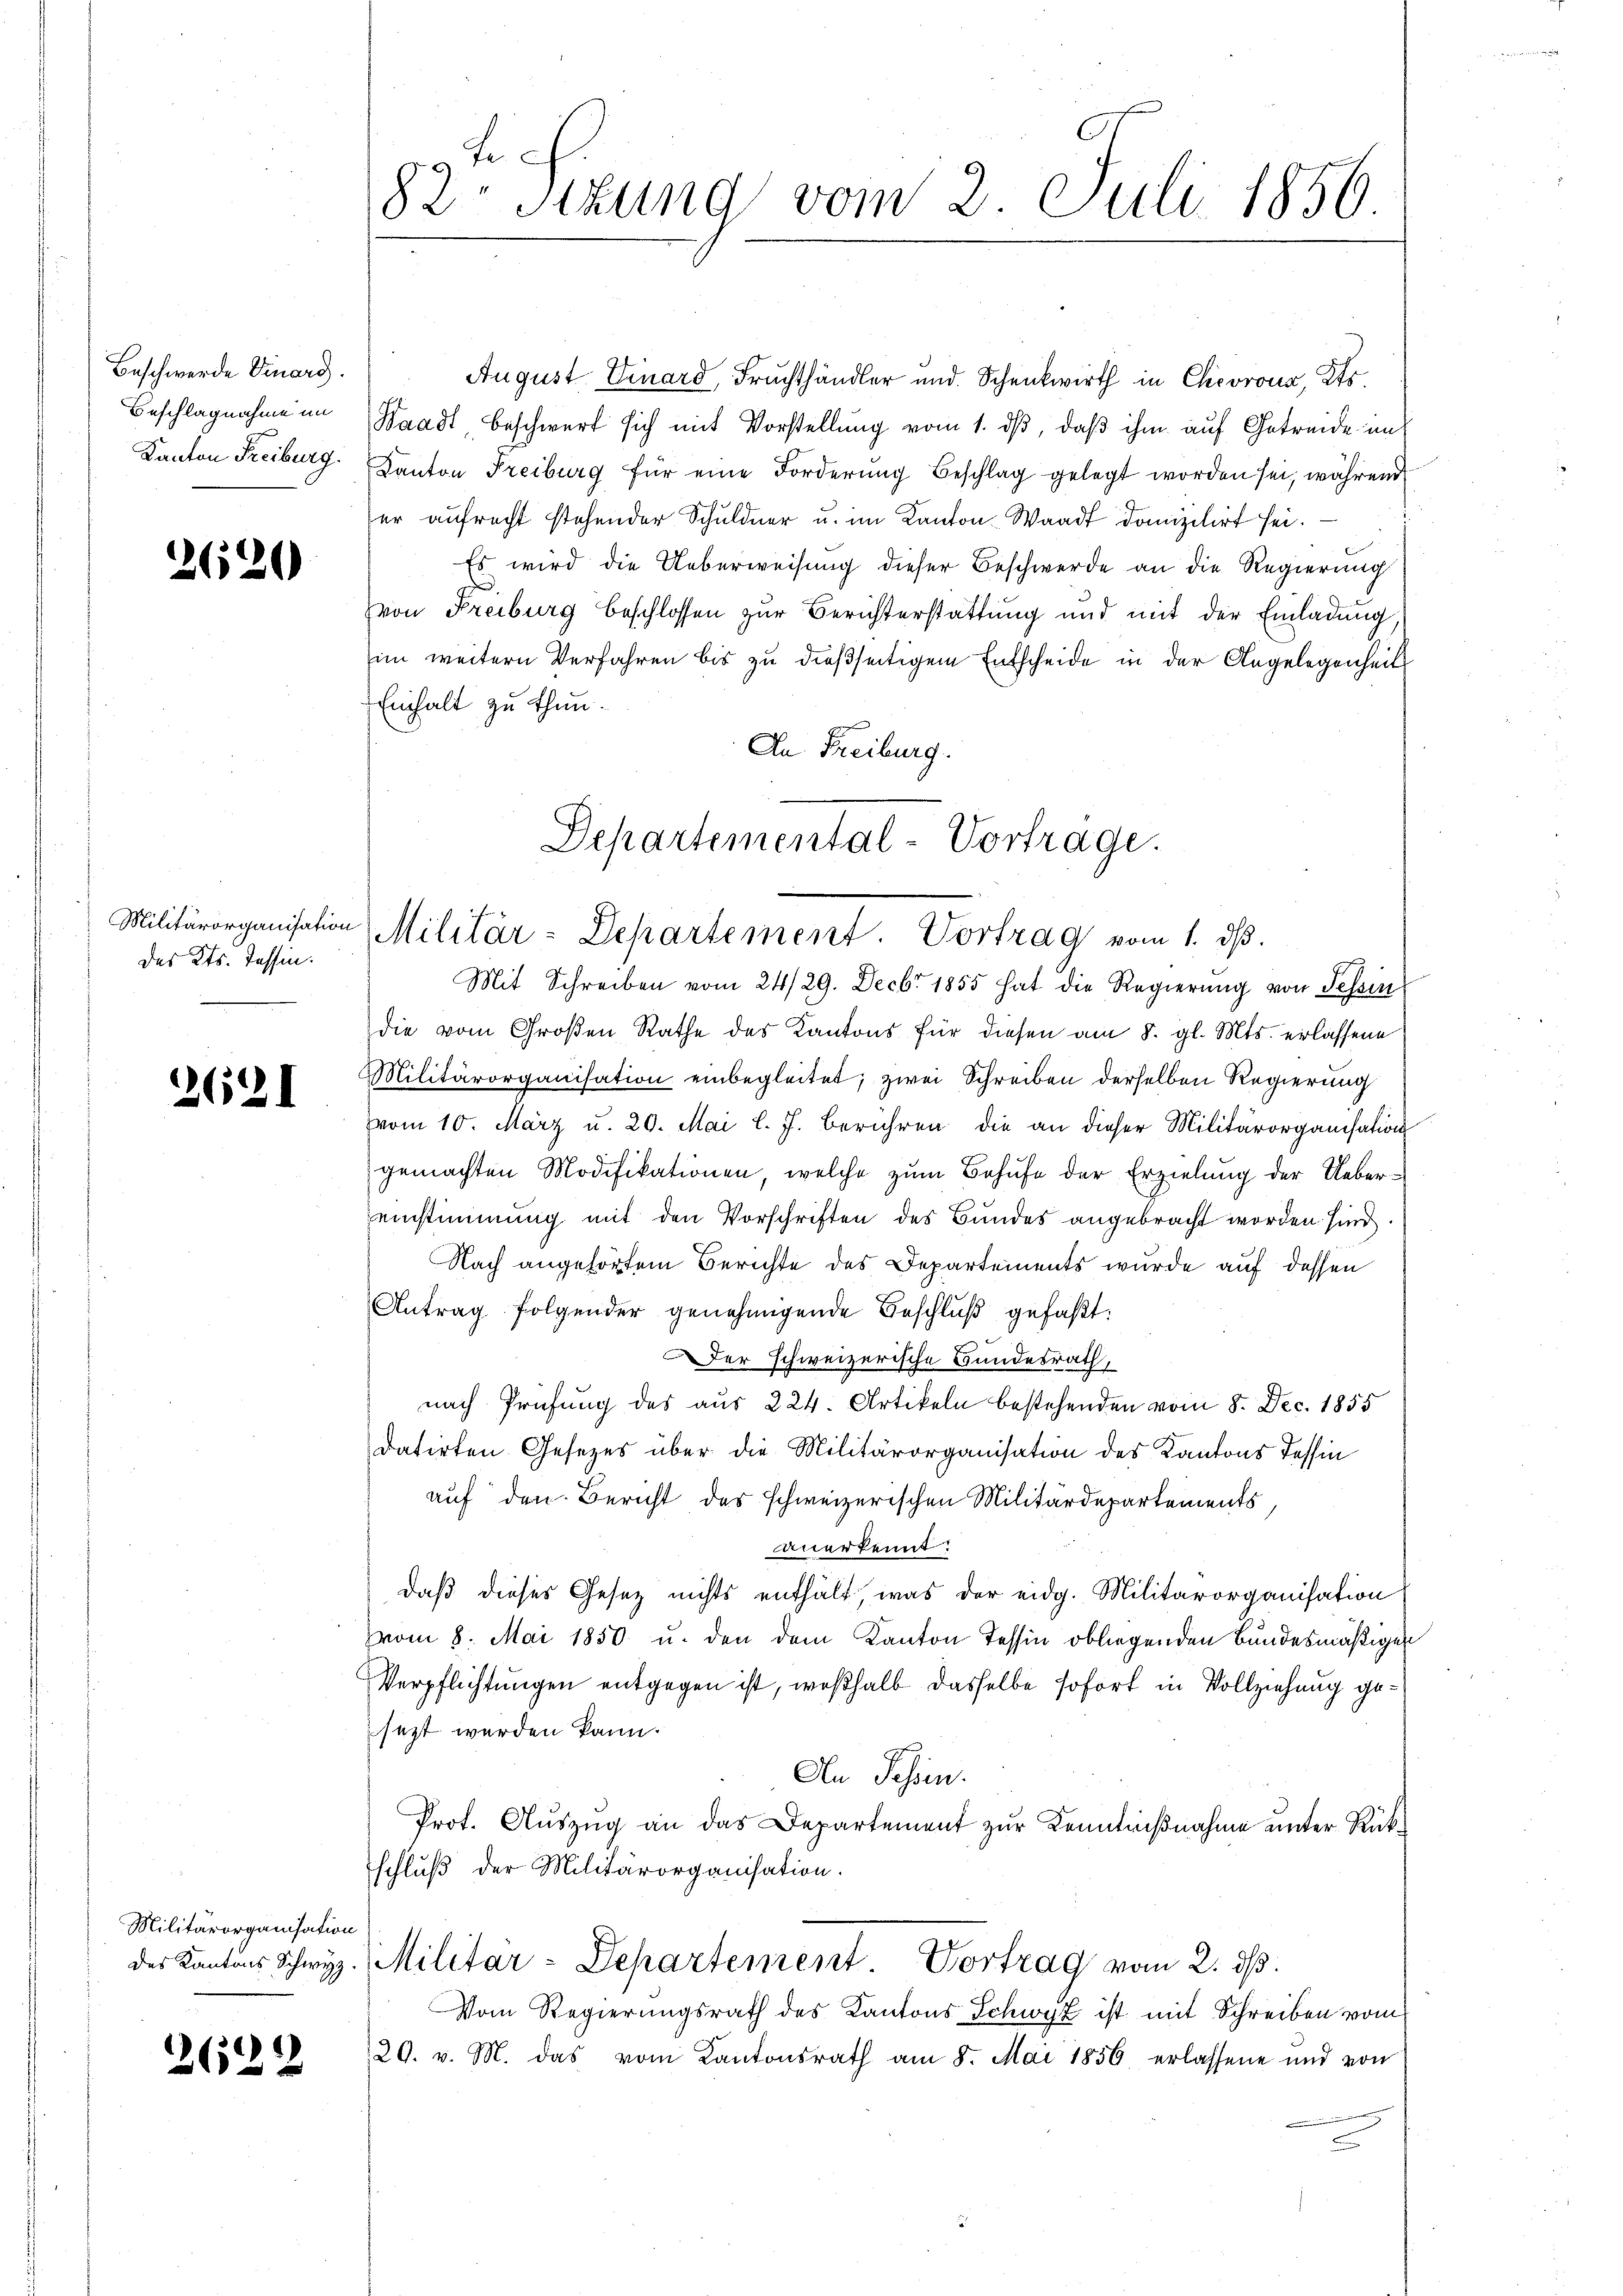
Beschwerde Finarg.
Beschlagnahme im
Kanton Freiburg.

2620

Militärorganisation
des Kts. Tessin.

2621

Militärorganisation

2622

August Einard, Fruchthändler und Schenkwirth in Chicorona, Kr
Waadt beschwert sich mit Vorstellung vom 1. dβ, daβ ihm auf Getreide im
Kanton Freiburg für eine Forderung Beschlag gelegt worden sei, während
er aufrecht stehender Schuldner u. im Kanton Waadt domizilirt sei.
Es wird die Ueberweisung dieser Beschwerde an die Regierung
.
von Freiburg beschlossen zur Berichterstattung und mit der Einladung
im weitern Verfahren bis zu dießseitigem Entscheide in der Angelegenheit
Einhalt zu thun.
An Freiburg.
Departemental-Vortrage.

82te Sizung vom 2. Juli 1856.

Militär-Departement. Vortrag vom 1. ds.

Mit Schreiben vom 24/29. Decbr 1855 hat die Regierŭng von Schein
die vom Großen Rathe des Kantons für diesen am 8. gl. Mts. erlassene
Militärorganisation einbegleitet; zwei Schreiben derselben Regierung
vom 10. März u. 20. Mai l. J. berühren, die an dieser Militärorganisation
gemachten Modifikationen, welche zum Behufe der Erzielung der Uebereinstimmung mit den Vorschriften des Bundes angebracht worden sind.
Nach angehörtem Berichte des Departements wurde auf dessen
Antrag folgender genehmigende Beschlŭβ gefaßt:
er schweizerische Bundesrath,
nach Prüfung des aus 224. Artikeln bestehenden vom 8. Dec. 1855
datirten Gesetzes über die Militärorganisation des Kantons Tessin
auf den Bericht des schweizerischen Militärdepartements,
anerkennt:
daß dieses Gesetz nichts enthält, was der eidg. Militärorganisation
vom 8. Mai 1850 u. den dem Kanton Tessin obliegenden Bundesmäßigen
Verpflichtungen entgegen ist, weßhalb dasselbe sofort in Vollziehung gesezt werden kann.
An Schen.
Prot. Auszug an das Departement zur Kenntnißnahme unter Rückschluß der Militärorganisation.
des Kantons Schwyz. Militar-Departement. Vortrag vom 2. dβ.
Vom Regierungsrath des Kantons Schwyz ist mit Schreiben vom
20. v. M. das vom Kantonsrath am 8. Mai 1856 erlassene und von